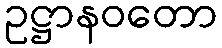
ဥဋ္ဌာနဝတော